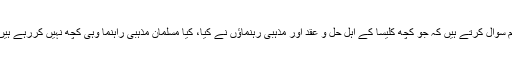
ہم سوال کرتے ہیں کہ جو کچھ کلیسا کے اہل حل و عقد اور مذہبی رہنماﺅں نے کیا، کیا مسلمان مذہبی راہنما وہی کچھ نہیں کررہے ہیں۔